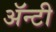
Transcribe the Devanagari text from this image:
ॲन्टी